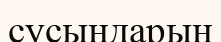
сусындарын